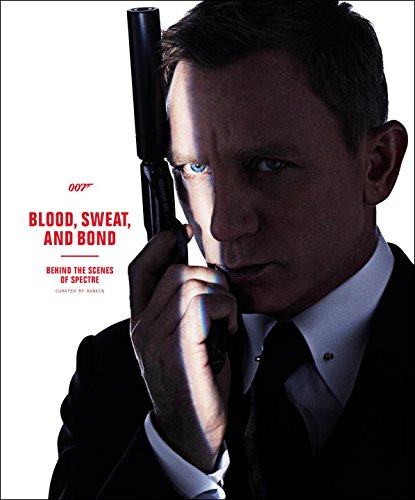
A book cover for Blood, Sweat, and Bond: Behind the Scenes of Spectre (Curated by Rankin); DK; Humor & Entertainment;